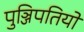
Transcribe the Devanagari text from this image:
पुञ्जिपतियों